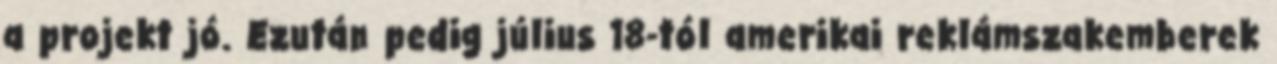
a projekt jó. Ezután pedig július 18-tól amerikai reklámszakemberek